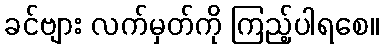
ခင်ဗျား လက်မှတ်ကို ကြည့်ပါရစေ။